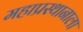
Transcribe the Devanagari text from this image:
महाप्रस्थानाला